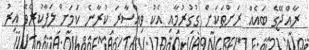
ރާއްޖޭގެ ބައެއް ރަށްތަކަށް ގުގުރުމާއި އެކު ވިއްސާރަ ކުރާނެ ކަމަށް ލަފާކުރެވޭ އިރު